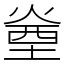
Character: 㷑